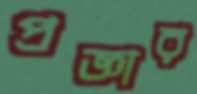
প্রজ্ঞার